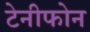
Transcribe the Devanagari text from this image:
टेनीफोन